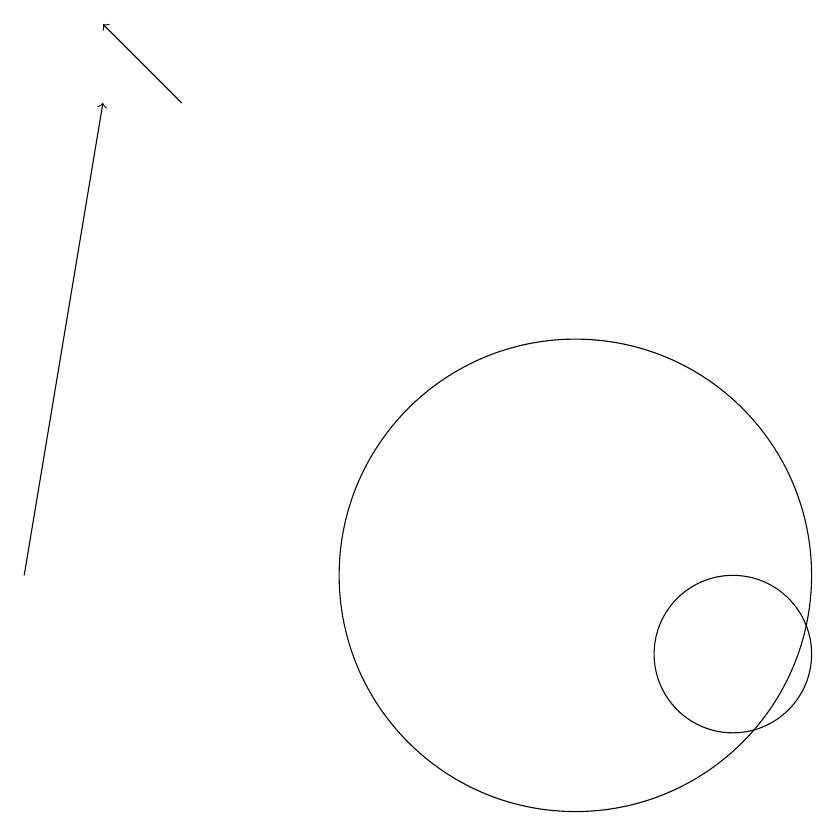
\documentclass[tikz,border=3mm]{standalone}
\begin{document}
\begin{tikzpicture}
\draw (12,11) circle (1);
\draw (10,12) circle (3);
\draw[->] (5,18) -- (4,19);
\draw[->] (3,12) -- (4,18);
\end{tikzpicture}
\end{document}